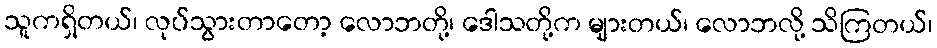
သူကရှိတယ်၊ လုပ်သွားတာတော့ လောဘတို့၊ ဒေါသတို့က များတယ်၊ လောဘလို့ သိကြတယ်၊